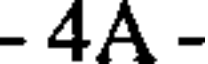
- 4A -